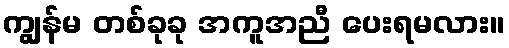
ကျွန်မ တစ်ခုခု အကူအညီ ပေးရမလား။